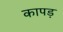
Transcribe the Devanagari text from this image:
कापड़